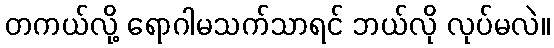
တကယ်လို့ ရောဂါမသက်သာရင် ဘယ်လို လုပ်မလဲ။